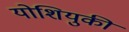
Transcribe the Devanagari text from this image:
योशियुकी